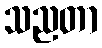
သညတာ